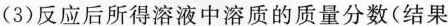
(3)反应后所得溶液中溶质的质量分数(结果